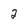
Character: 2